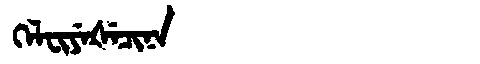
Manchu: ᡴᡝᠯᠸᡳᠶᡝᡧᡝᠴᡳᠨᠠ
Romanization: KELFIYEŠECINA